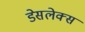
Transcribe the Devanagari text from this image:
डेसलेक्स